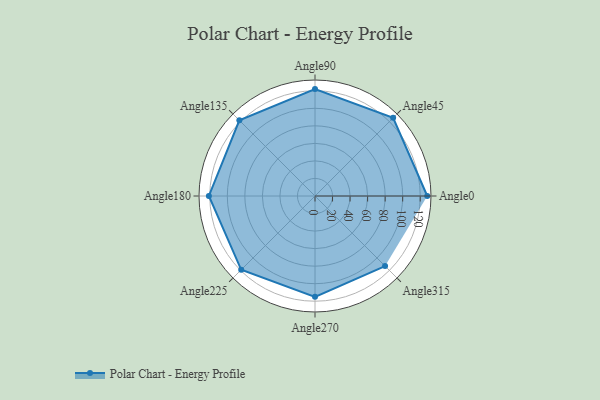
{"axis": {"x": "Angle", "y": "Radius"}, "legend": [""], "data": [{"x": "Angle0", "y": 128.0, "type": ""}, {"x": "Angle45", "y": 126.0, "type": ""}, {"x": "Angle90", "y": 122.0, "type": ""}, {"x": "Angle135", "y": 122.0, "type": ""}, {"x": "Angle180", "y": 121.0, "type": ""}, {"x": "Angle225", "y": 119.0, "type": ""}, {"x": "Angle270", "y": 115.0, "type": ""}, {"x": "Angle315", "y": 113.0, "type": ""}]}